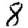
Digit: 8